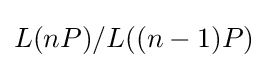
L(nP)/L((n-1)P)